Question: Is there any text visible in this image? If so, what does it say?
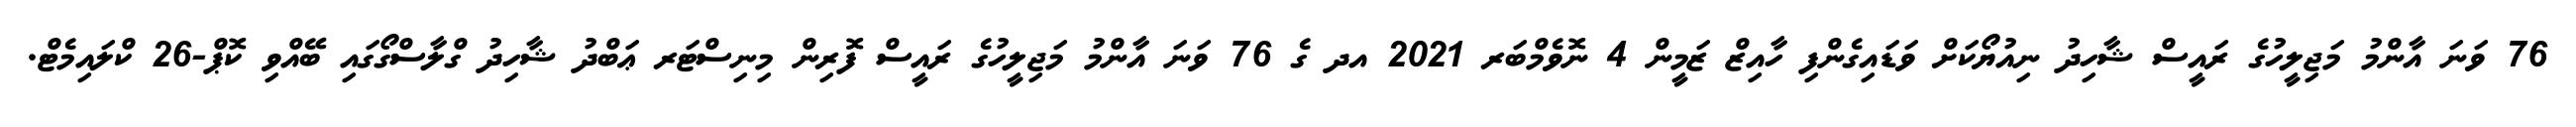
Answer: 76 ވަނަ އާންމު މަޖިލީހުގެ ރައީސް ޝާހިދު ނިއުޔޯކަށް ވަޑައިގެންފި ހާއިޒް ޒަމީން 4 ނޮވެމްބަރ 2021 އދ ގެ 76 ވަނަ އާންމު މަޖިލީހުގެ ރައީސް ފޮރިން މިނިސްޓަރ ޢަބްދު ޝާހިދު ގްލާސްގޯގައި ބޭއްވި ކޮޕް-26 ކްލައިމެޓް.